Vaccination in Bombay 1924-1928 - 1924-1928
Year: 1924
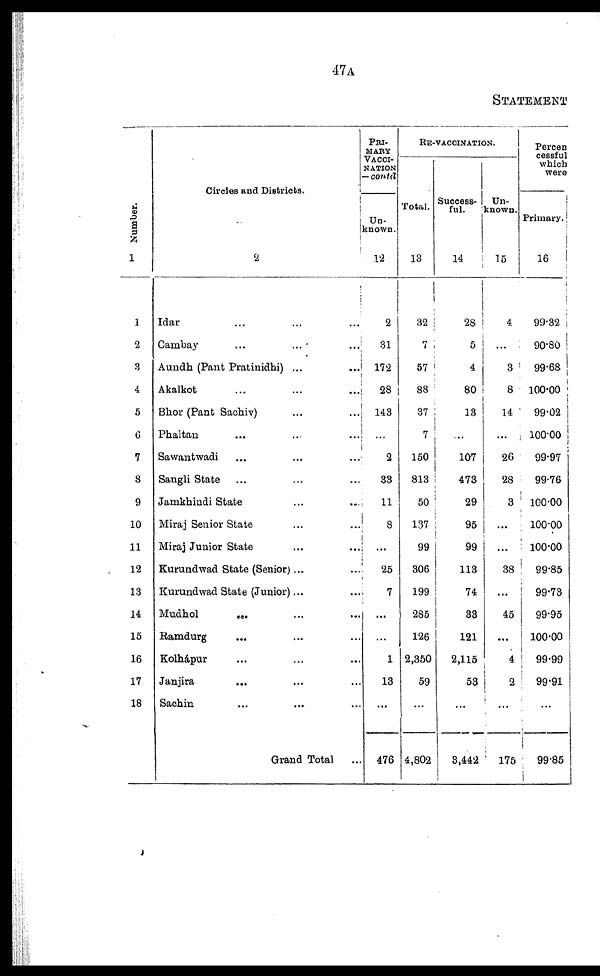
47A
STATEMENT
Number.
1
1
2
3
4
5
6
7
8
9
10
11
12
13
14
15
16
17
18
Circles and Districts.
2
Idar ... ...
Cambay ... ...
Aundh (Pant Pratinidhi) ... ...
Akalkot ... ...
Bhor (Pant Sachiv) ... ...
Phaltan ... ...
Sawantwadi ... ...
Sangli State ... ...
Jamkhindi State ... ...
Miraj Senior State ... ...
Miraj Junior State ... ...
Kurundwad State (Senior)... ...
Kurundwad State (Junior)... ...
Mudhol ... ...
Ramdurg ... ...
Kolhápur ... ...
Janjira ... ...
Sachin ... ...
Grand Total ...
PRI-
----
VACCI-
------
— contd
Un-
known.
12
2
31
172
28
143
...
2
33
11
8
...
25
7
...
...
1
13
...
476
RE-VACCINATION.
Total.
13
32
7
57
88
37
7
150
813
50
137
99
306
199
285
126
2,350
59
...
4,802
Success-
ful.
14
28
5
4
80
13
...
107
473
29
95
99
113
74
33
121
2,115
53
...
3,442
Un-
known.
15
4
...
3
8
14
...
26
28
3
...
...
38
...
45
...
4
2
...
175
Percen
cessful
which
were
Primary.
16
99.32
90.80
99.68
100.00
99.02
100.00
99.97
99.76
100.00
100.00
100.00
99.85
99.73
99.95
100.00
99.99
99.91
...
99.85